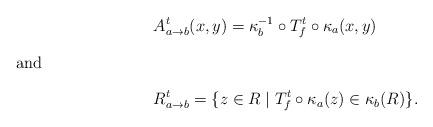
\begin{align*}&A^t_{a\to b}(x,y)=\kappa_b^{-1}\circ T^t_f\circ \kappa_a(x,y)\intertext{and }&R^t_{a\to b}=\{z\in R\mid T^t_f\circ \kappa_a(z)\in \kappa_b(R) \}.\end{align*}